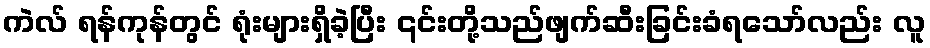
ကဲလ် ရန်ကုန်တွင် ရုံးများရှိခဲ့ပြီး ၎င်းတို့သည်ဖျက်ဆီးခြင်းခံရသော်လည်း လူ